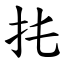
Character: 扥